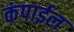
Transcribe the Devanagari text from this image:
कंपाईल